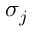
\sigma _ { j }